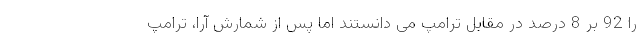
را 92 بر 8 درصد در مقابل ترامپ می دانستند اما پس از شمارش آرا، ترامپ